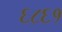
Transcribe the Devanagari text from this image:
६८६१